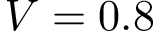
V = 0 . 8